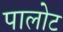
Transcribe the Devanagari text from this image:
पालोट